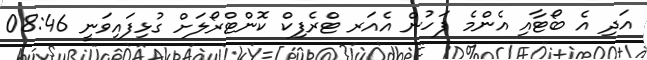
އަދި އެ ބޯޓާއި އެންމެ ފަހުން އެއަރ ޓްރެފިކް ކޮންޓްރޯލަށް ގުޅިފައިވަނީ 08:46